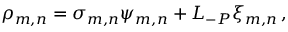
\rho _ { m , n } = \sigma _ { m , n } \psi _ { m , n } + L _ { - P } \xi _ { m , n } \, ,